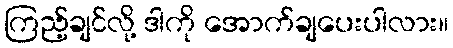
ကြည့်ချင်လို့ ဒါကို အောက်ချပေးပါလား။